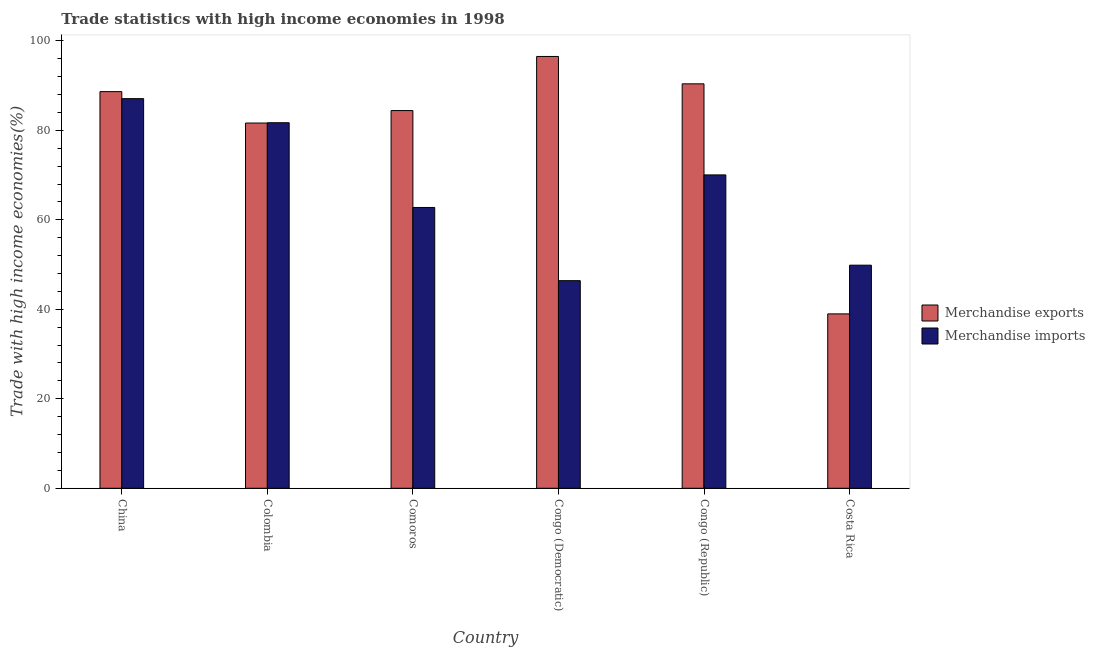
| Country | Merchandise exports | Merchandise imports |
 | --- | --- | --- |
 | China | 88.7 | 87.1 |
 | Colombia | 81.6 | 81.7 |
 | Comoros | 84.4 | 62.8 |
 | Congo (Democratic) | 96.5 | 46.4 |
 | Congo (Republic) | 90.4 | 70 |
 | Costa Rica | 39 | 49.9 |